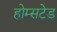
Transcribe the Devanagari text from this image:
होम्सटेड